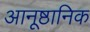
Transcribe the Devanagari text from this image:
आनूष्ठानिक